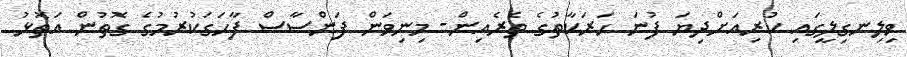
ވިލިނގިލީގައި ކުރިއަށްދިޔަ ފުނަ ހަރަކާތުގެ ތެރެއިން- މިނިވަން ފަންސާސް ފާހަގަކުރުމުގެ ގޮތުން އަތޮޅު